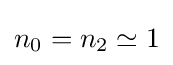
n_{0}=n_{2}\simeq 1